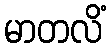
မာတလိံ